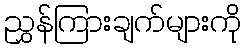
ညွှန်ကြားချက်များကို